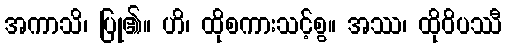
အကာသိ၊ ပြု၏။ ဟိ၊ ထိုစကားသင့်စွ။ အဿ၊ ထိုဝိပဿီ